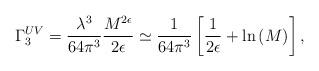
LaTeX: \begin{align*}\Gamma_3^{UV}=\frac{\lambda^3}{64 \pi^3}\frac{M^{2\epsilon}}{2\epsilon}\simeq\frac{1}{64 \pi^3}\left[\frac{1}{2\epsilon}+{\rm ln}\left(M\right)\right],\end{align*}